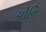
યોનિ